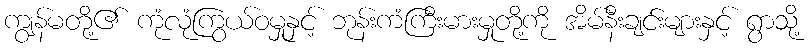
ကျွန်မတို့၏ ကုံလုံကြွယ်ဝမှုနှင့် ဘုန်းကံကြီးမားမှုတို့ကို အိမ်နီးချင်းများနှင့် ရွာသို့